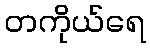
တကိုယ်ရေ